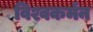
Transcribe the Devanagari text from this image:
विश्वकर्मन